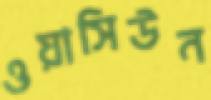
ওয়াসিউন